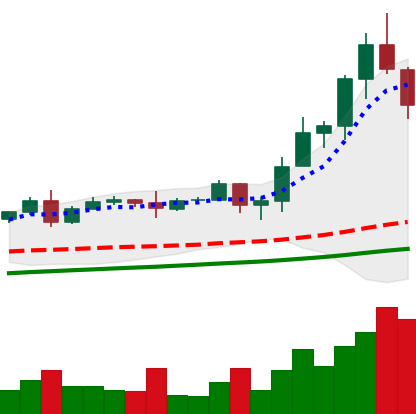
Ticker: TRX-USD
Chart end date: 2020-08-19
Forward return: -5.178%
Label: down_5_7